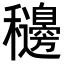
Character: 𥤓